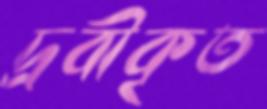
দ্রবীকৃত